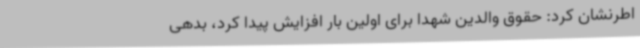
اطرنشان کرد: حقوق والدین شهدا برای اولین بار افزایش پیدا کرد، بدهی